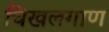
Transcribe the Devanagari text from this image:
चिखलगाण